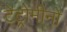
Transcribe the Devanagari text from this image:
टेट्रोमीनो